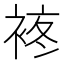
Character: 𧚕